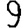
Digit: 9